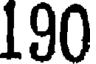
190